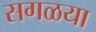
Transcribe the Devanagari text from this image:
सगळया